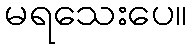
မရသေးပေ။